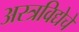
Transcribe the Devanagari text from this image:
अस्त्रविद्येचे